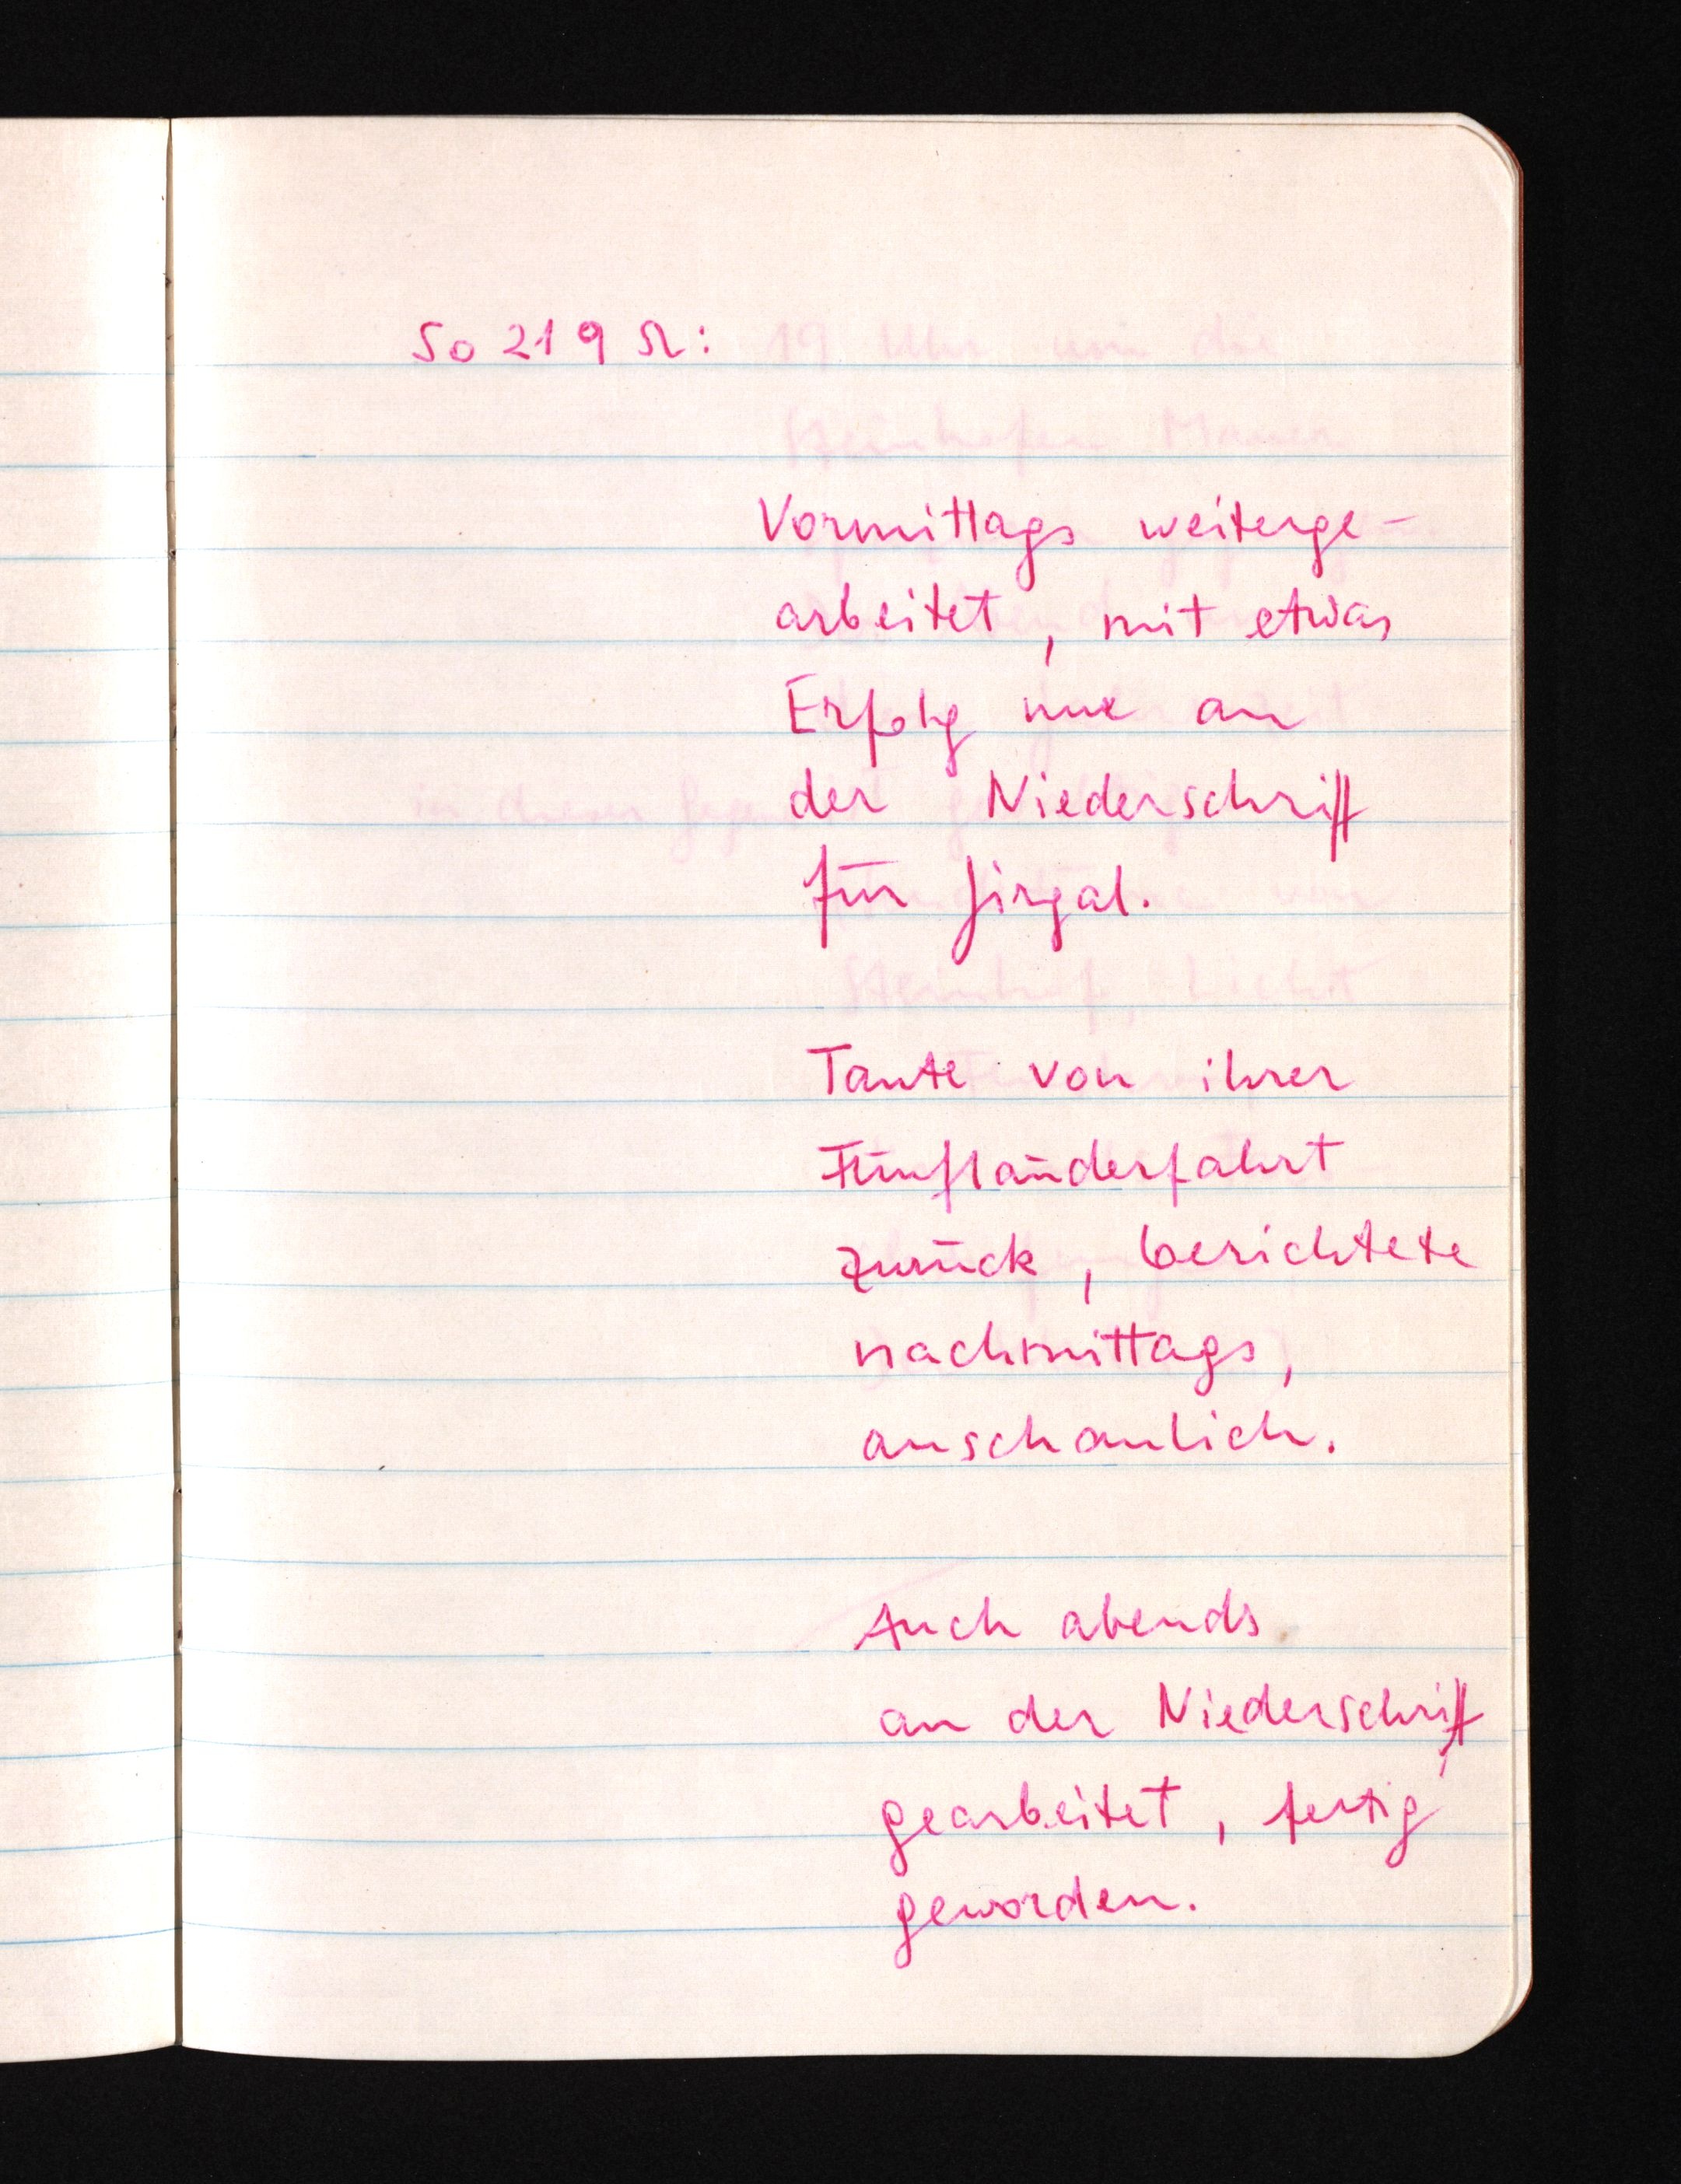
So 21 9 52:
Vormittags weiterge¬
arbeitet, mit etwas
Erfolg nur an
der Niederschrift
für Jirgal.
Tante von ihrer
Fünfländerfahrt
zurück, berichtete
nachmittags,
anschaulich.
Auch abends.
an der Niederschrift
gearbeitet, fertig
geworden.